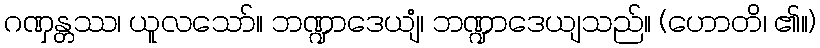
ဂဏှန္တဿ၊ ယူလသော်။ ဘဏ္ဍာဒေယျံ၊ ဘဏ္ဍာဒေယျသည်။ (ဟောတိ၊ ၏။)